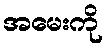
အမေးကို